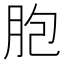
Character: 胞